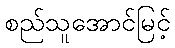
စည်သူအောင်မြင့်